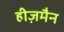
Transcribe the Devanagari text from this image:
हीज़मैन